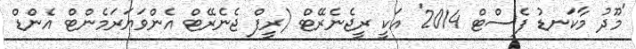
'މޫދު މާކަނޑު ފެސްޓް 2014' އަކީ ރީޖެނެރޭޓް (ރީފް ޖެނެރޭޓް އެންވަޔަރަމެންޓް އެންޑް